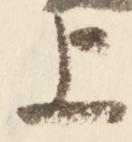
上